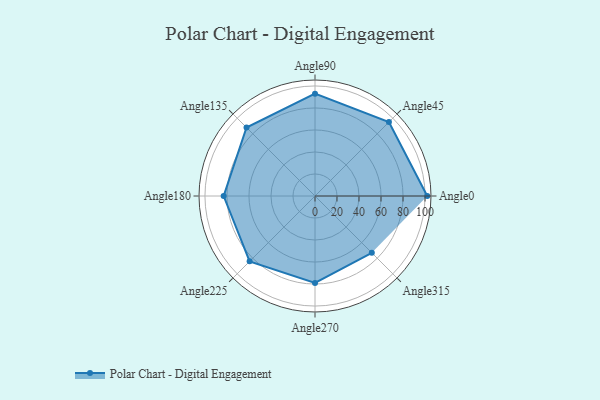
{"axis": {"x": "Angle", "y": "Radius"}, "legend": [""], "data": [{"x": "Angle0", "y": 102.0, "type": ""}, {"x": "Angle45", "y": 95.0, "type": ""}, {"x": "Angle90", "y": 93.0, "type": ""}, {"x": "Angle135", "y": 88.0, "type": ""}, {"x": "Angle180", "y": 83.0, "type": ""}, {"x": "Angle225", "y": 84.0, "type": ""}, {"x": "Angle270", "y": 79.0, "type": ""}, {"x": "Angle315", "y": 73.0, "type": ""}]}